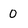
Character: 0